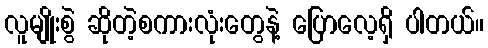
လူမျိုးစွဲ ဆိုတဲ့စကားလုံးတွေနဲ့ ပြောလေ့ရှိ ပါတယ်။